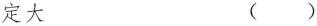
定大 ( )